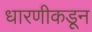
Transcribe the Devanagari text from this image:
धारणीकडून